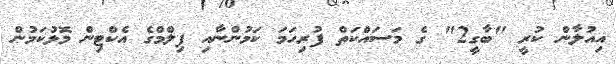
އިއުލާން ކުރީ "ބާގީ2" ގެ މަސައްކަތް ފުރިހަމަ ކަމުންނާއި ފިލްމްގެ އެކްޓިން މޮޅުކަމުން